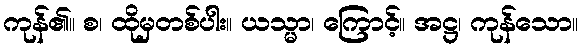
ကုန်၏။ စ၊ ထိုမှတစ်ပါး။ ယသ္မာ၊ ကြောင့်။ အဋ္ဌ၊ ကုန်သော။